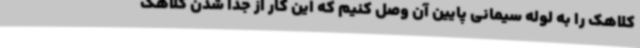
کلاهک را به لوله سیمانی پایین آن وصل کنیم که این کار از جدا شدن کلاهک